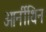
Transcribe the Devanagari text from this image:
ओर्नीथिन